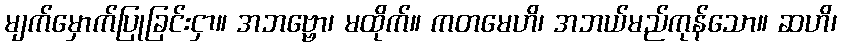
မျက်မှောက်ပြုခြင်းငှာ။ အဘဗ္ဗော၊ မထိုက်။ ကတမေဟိ၊ အဘယ်မည်ကုန်သော။ ဆဟိ၊